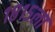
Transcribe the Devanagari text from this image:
१८१५ला